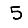
Digit: 5